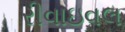
રીવાઇવલ